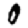
Digit: 0